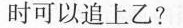
时可以追上乙?